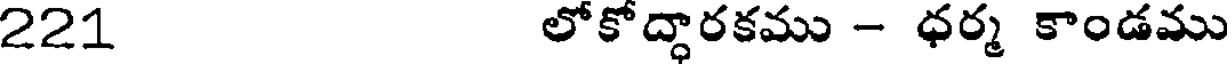
221 లోకోద్ధారకము - ధర్మ కాండము